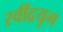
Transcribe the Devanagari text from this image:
रवींद्रयुग